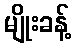
မျိုးခန့်